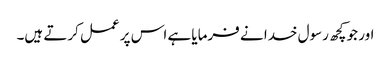
اور جو کچھ رسول خدا نے فرمایا ہے اس پر عمل کرتے ہیں۔